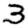
Digit: 3